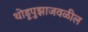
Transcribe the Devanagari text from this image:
थोडूपुझाजवळील